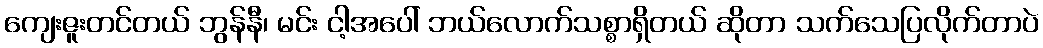
ကျေးဇူးတင်တယ် ဘွန်နီ၊ မင်း ငါ့အပေါ် ဘယ်လောက်သစ္စာရှိတယ် ဆိုတာ သက်သေပြလိုက်တာပဲ